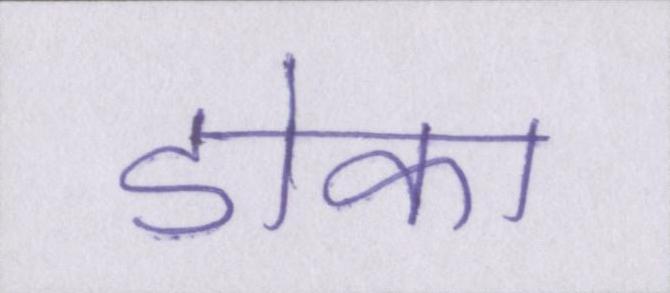
डोका